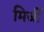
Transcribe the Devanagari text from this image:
मिर्जी